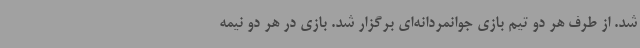
شد. از طرف هر دو تیم بازی جوانمردانه‌ای برگزار شد. بازی در هر دو نیمه